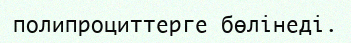
полипроциттерге бөлiнедi.